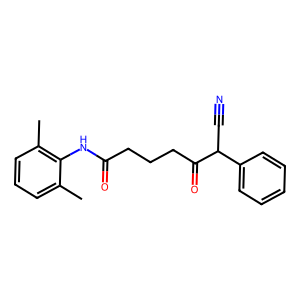
SMILES: Cc1cccc(C)c1NC(=O)CCCC(=O)C(C#N)c1ccccc1
Inhibits HIV replication: No